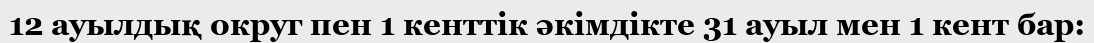
12 ауылдық округ пен 1 кенттік әкімдікте 31 ауыл мен 1 кент бар: